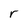
Character: r